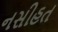
નસીહત